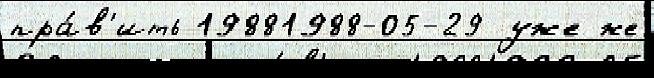
пра́в'ить 19881988-05-29 уже же